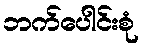
ဘက်ပေါင်းစုံ